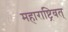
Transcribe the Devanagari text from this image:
महाराष्ट्रिवत्